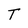
Character: T